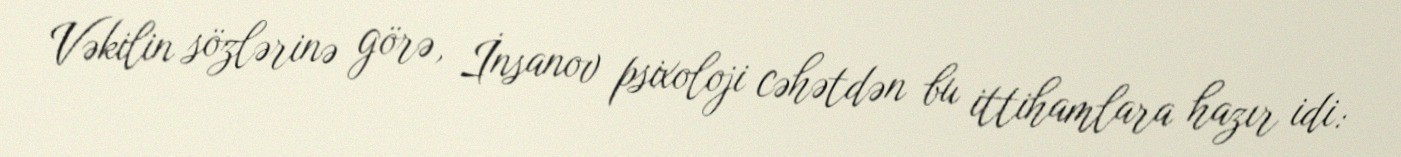
Vəkilin sözlərinə görə, İnsanov psixoloji cəhətdən bu ittihamlara hazır idi: